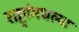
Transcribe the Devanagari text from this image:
राष्ट्रांमधल्या